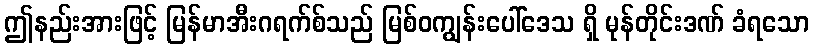
ဤနည်းအားဖြင့် မြန်မာအီးဂရက်စ်သည် မြစ်ဝကျွန်းပေါ်ဒေသ ရှိ မုန်တိုင်းဒဏ် ခံရသော